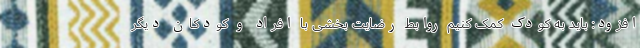
افزود: باید به کودک کمک کنیم روابط رضایت بخشی با افراد و کودکان دیگر